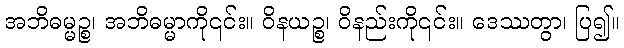
အဘိဓမ္မဉ္စ၊ အဘိဓမ္မာကို၎င်း။ ဝိနယဉ္စ၊ ဝိနည်းကို၎င်း။ ဒေဿတွာ၊ ပြ၍။